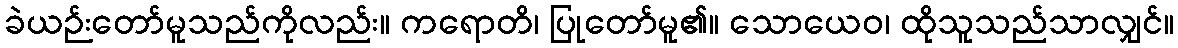
ခဲယဉ်းတော်မူသည်ကိုလည်း။ ကရောတိ၊ ပြုတော်မူ၏။ သောယေဝ၊ ထိုသူသည်သာလျှင်။